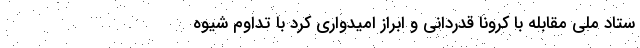
ستاد ملی مقابله با کرونا قدردانی و ابراز امیدواری کرد با تداوم شیوه